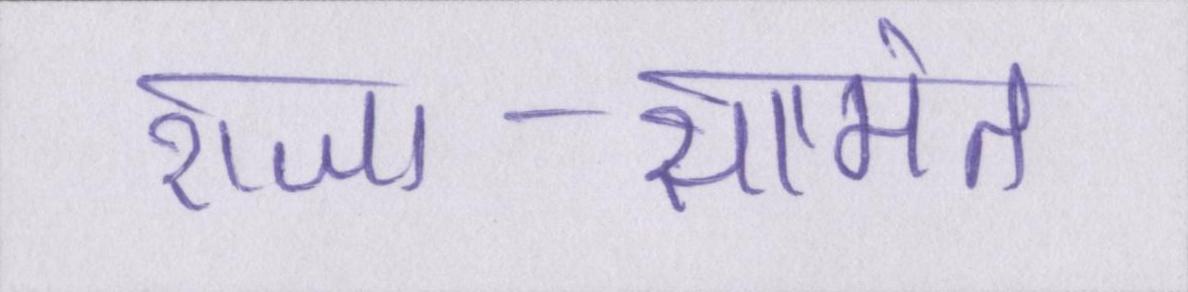
राजा-सामंत